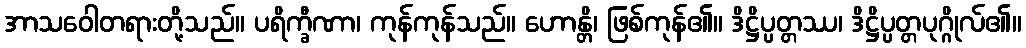
အာသဝေါတရားတို့သည်။ ပရိက္ခီဏာ၊ ကုန်ကုန်သည်။ ဟောန္တိ၊ ဖြစ်ကုန်၏။ ဒိဋ္ဌိပ္ပတ္တဿ၊ ဒိဋ္ဌိပ္ပတ္တပုဂ္ဂိုလ်၏။